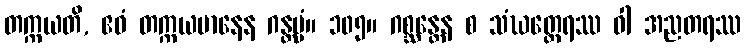
တက္ကယတိ, ဧဝံ တက္ကယမာနေန ဂန္တဗ္ဗံ။ ၁၀၅။ ဂစ္ဆန္တေန စ သံဃတ္ထေရဿ ဝါ အညတရဿ